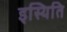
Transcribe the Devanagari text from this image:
इस्थिति